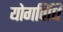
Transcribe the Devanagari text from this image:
योगविधि